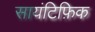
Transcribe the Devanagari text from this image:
सायंटिफ़िक